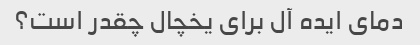
دمای ایده آل برای یخچال چقدر است؟